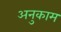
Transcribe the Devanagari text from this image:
अनुकाम